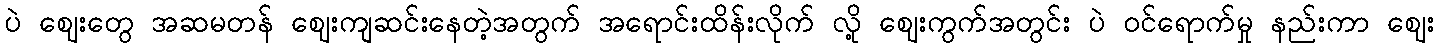
ပဲ ဈေးတွေ အဆမတန် ဈေးကျဆင်းနေတဲ့အတွက် အရောင်းထိန်းလိုက် လို့ ဈေးကွက်အတွင်း ပဲ ဝင်ရောက်မှု နည်းကာ ဈေး